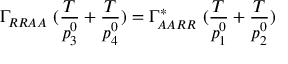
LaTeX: \Gamma _ { R R A A } \ ( { \frac { T } { p _ { 3 } ^ { 0 } } } + { \frac { T } { p _ { 4 } ^ { 0 } } } ) = \Gamma _ { A A R R } ^ { * } \ ( { \frac { T } { p _ { 1 } ^ { 0 } } } + { \frac { T } { p _ { 2 } ^ { 0 } } } )